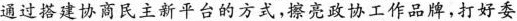
通过搭建协商民主新平台的方式，擦亮政协工作品牌，打好委